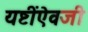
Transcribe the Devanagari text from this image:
यष्टींऐवजी